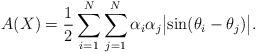
LaTeX: \begin{align*}A(X)=\frac{1}{2}\sum_{i=1}^N \sum_{j=1}^N\alpha_i\alpha_j\bigl\vert\sin (\theta_i-\theta_j)\bigr\vert.\end{align*}